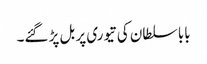
بابا سلطان کی تیوری پر بل پڑ گئے۔